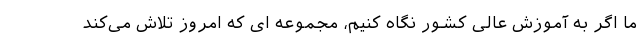
ما اگر به آموزش عالی کشور نگاه کنیم، مجموعه ای که امروز تلاش می‌کند